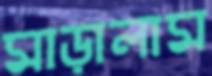
মাড়ালাম